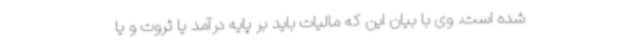
شده است. وی با بیان این که مالیات باید بر پایه درآمد یا ثروت و یا